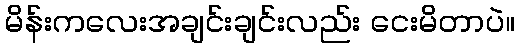
မိန်းကလေးအချင်းချင်းလည်း ငေးမိတာပဲ။